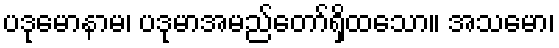
ပဒုမောနာမ၊ ပဒုမာအမည်တော်ရှိထသော။ အသမော၊